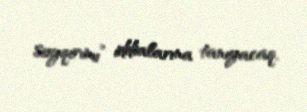
soyqırımı” iddialarına tanıyacaq.